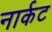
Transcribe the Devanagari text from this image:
नार्कट